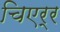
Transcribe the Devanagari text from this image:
चिएर्र